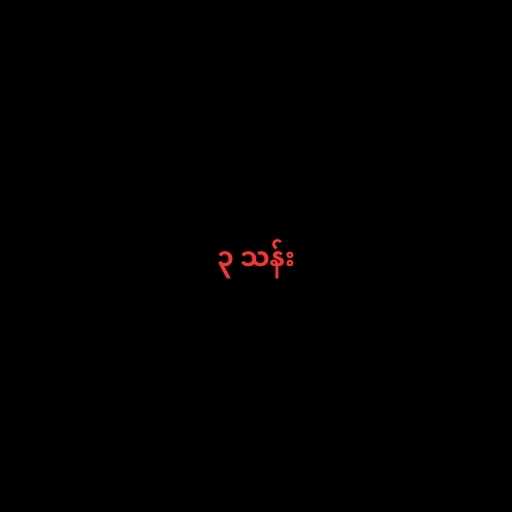
၃ သန်း